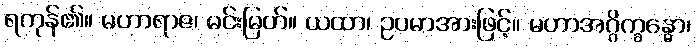
ရကုန်၏။ မဟာရာဇ၊ မင်းမြတ်။ ယထာ၊ ဥပမာအားဖြင့်။ မဟာအဂ္ဂိက္ခန္ဓော၊